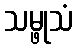
သမ္ဖုသံ